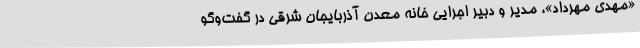
«مهدی مهرداد»، مدیر و دبیر اجرایی خانه معدن آذربایجان شرقی در گفت‌وگو